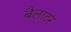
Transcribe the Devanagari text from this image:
बैलाटर